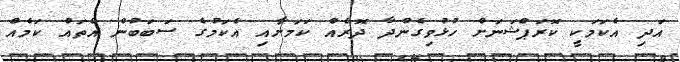
އަދި އެކަމަކީ ކޮރަޕްޝަނަށް ހުޅުވިގެންދާ ދޮރެއް ކަމަށާއި އެކަމުގެ ސަބަބުން އެތައް ކަމެއް